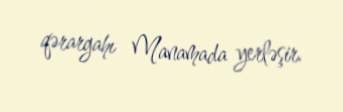
qərargahı Manamada yerləşir.